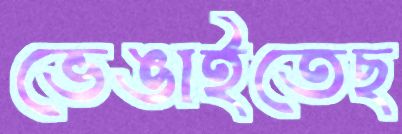
ভেঙাইতেছ